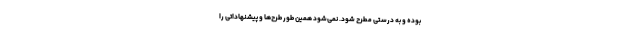
بوده و به درستی مطرح شود. نمی‌شود همین طور طرح‌ها و پیشنهاداتی را